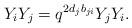
LaTeX: \begin{align*}Y_i Y_j = q^{2d_j b_{ji}} Y_j Y_i.\end{align*}